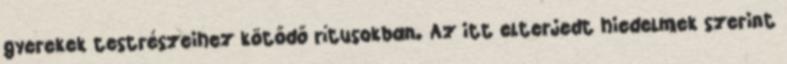
gyerekek testrészeihez kötődő rítusokban. Az itt elterjedt hiedelmek szerint